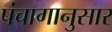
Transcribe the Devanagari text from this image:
पंंचागानुसार